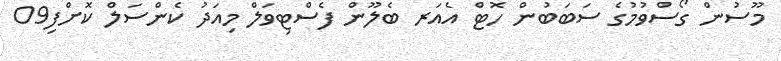
މޫސުން ގޯސްވުމުގެ ސަބަބުން ހޮޓް އެއަރ ބެލޫން ފެސްޓިވަލް މިއަދު ކެންސަލް ކޮށްފި09